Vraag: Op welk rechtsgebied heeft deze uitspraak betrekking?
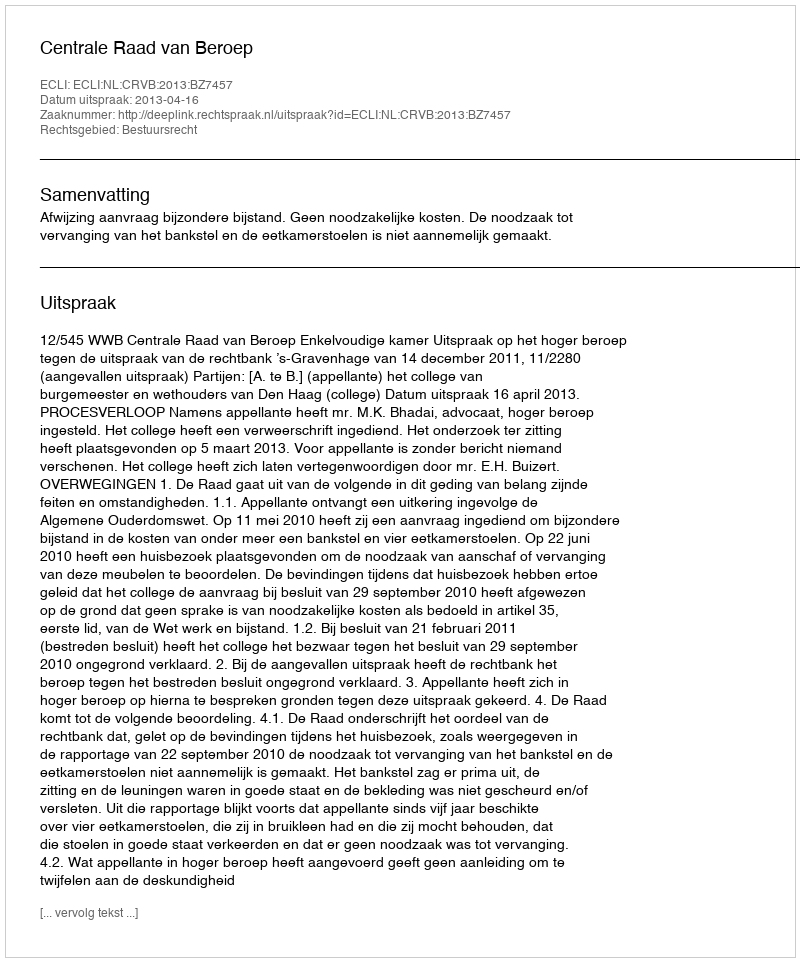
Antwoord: Bestuursrecht